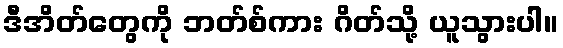
ဒီအိတ်တွေကို ဘတ်စ်ကား ဂိတ်သို့ ယူသွားပါ။